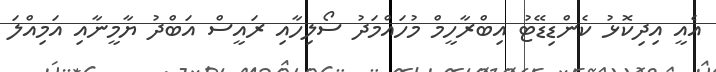
އެއީ އިދިކޮޅު ކެންޑިޑޭޓު އިބްރާހީމް މުހައްމަދު ސޯލިހާއި ރައީސް އަބްދު ޔާމީނާއި އަމިއްލަ